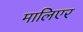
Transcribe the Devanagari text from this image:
मालिएर